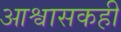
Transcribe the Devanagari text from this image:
आश्वासकही